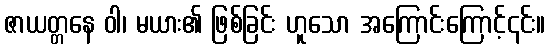
ဇာယတ္တနေ ဝါ၊ မယား၏ ဖြစ်ခြင်း ဟူသော အကြောင်းကြောင့်၎င်း။